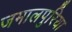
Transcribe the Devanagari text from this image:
जमालपुरिया